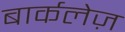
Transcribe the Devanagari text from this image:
बार्कलेज़